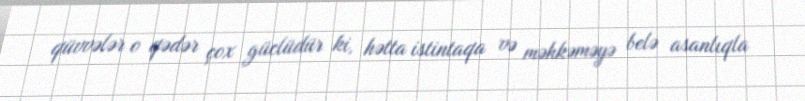
qüvvələr o qədər çox güclüdür ki, hətta istintaqa və məhkəməyə belə asanlıqla